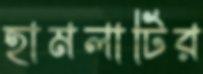
হামলাটির